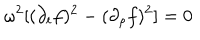
LaTeX: \omega ^ { 2 } [ ( \partial _ { t } f ) ^ { 2 } - ( \partial _ { \rho } f ) ^ { 2 } ] = 0